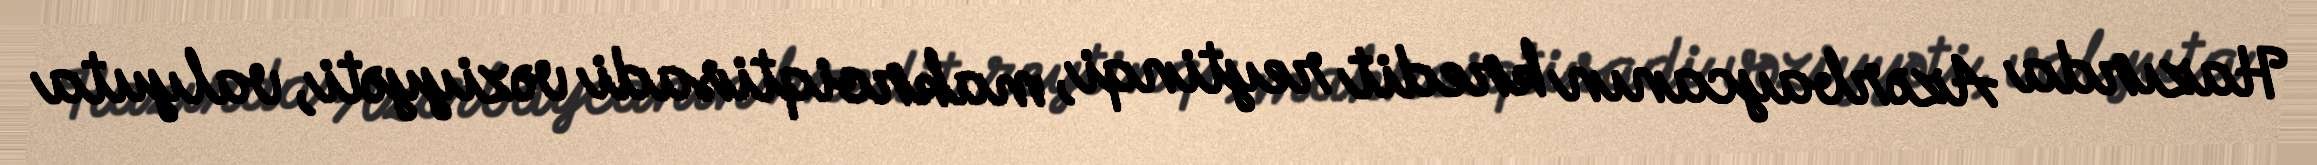
Hazırda Azərbaycanın kredit reytinqi, makroiqtisadi vəziyyəti, valyuta